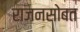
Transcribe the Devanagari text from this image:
राजनसोबत